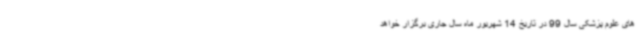
های علوم پزشکی سال 99 در تاریخ 14 شهریور ماه سال جاری برگزار خواهد